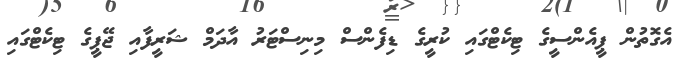
އެގޮތުން ޕީއެންސީގެ ޓިކެޓްގައި ކުރީގެ ޑިފެންސް މިނިސްޓަރު އާދަމް ޝަރީފާއި ޖޭޕީގެ ޓިކެޓްގައި